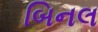
બિનલ